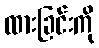
ထားခြင်းကို